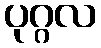
ပုဂ္ဂလ